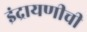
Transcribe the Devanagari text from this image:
इंद्रायणीची